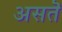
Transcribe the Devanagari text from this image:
असतॆ